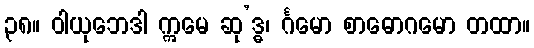
၃၈။ ဝါယုဘေဒါ ဣမေ ဆု’ဒ္ဓ၊ င်္ဂမော စာဓောဂမော တထာ။